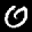
Label: 0